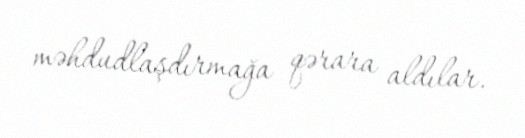
məhdudlaşdırmağa qərara aldılar.